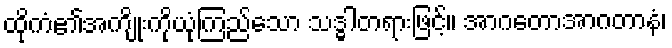
ထိုကံ၏အကျိုးကိုယုံကြည်သော သဒ္ဓါတရားဖြင့်။ အာဂတောအာဂတာနံ၊